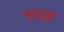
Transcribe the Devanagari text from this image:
भारक